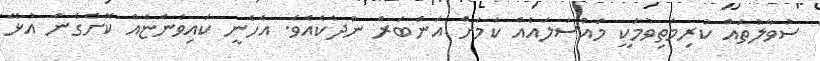
ސުވާލުތައް ކުރިމަތިވުމަކީ މައްސަލައެއް ކަމަށް އަންބަރް ނުދެކެއެވެ. އެހެނީ ކައިވެންޏެއް ކޮށްގެން އުޅޭ